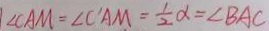
\angle C A M = \angle C ^ { \prime } A M = \frac { 1 } { 2 } \alpha = \angle B A C